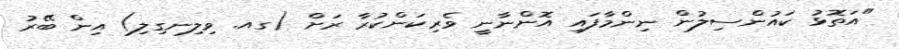
"އަތޮޅު ކައުންސިލުން ނިންމާފައި އޮންނާނީ ވެރިކަންކުރާ ރަށް (ގއ. ވިލިނގިލި) އިން ބޭރު